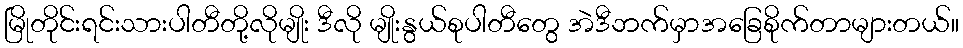
မြိုတိုင်းရင်းသားပါတီတို့လိုမျိုး ဒီလို မျိုးနွယ်စုပါတီတွေ အဲဒီဘက်မှာအခြေစိုက်တာများတယ်။